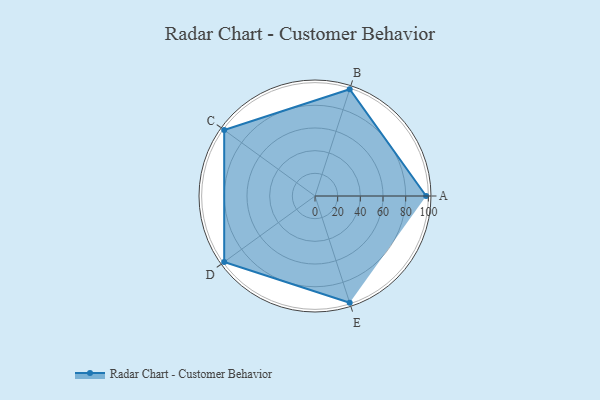
{"axis": {"x": "Skill", "y": "Score"}, "legend": ["Profile"], "data": [{"x": "A", "y": 98.0, "type": "Profile"}, {"x": "B", "y": 99, "type": "Profile"}, {"x": "C", "y": 99, "type": "Profile"}, {"x": "D", "y": 99, "type": "Profile"}, {"x": "E", "y": 99, "type": "Profile"}]}